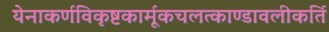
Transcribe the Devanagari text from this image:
येनाकर्णविकृष्टकार्मूकचलत्काण्डावलीकर्ति